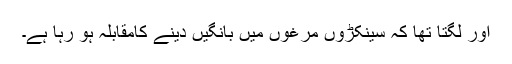
اور لگتا تھا کہ سینکڑوں مرغوں میں بانگیں دینے کامقابلہ ہو رہا ہے۔